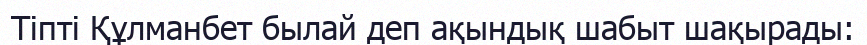
Тіпті Құлманбет былай деп ақындық шабыт шақырады: